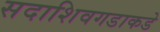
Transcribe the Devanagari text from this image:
सदाशिवगडाकडे